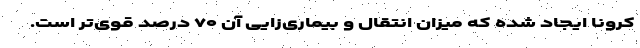
کرونا ایجاد شده که میزان انتقال و بیماری‌زایی آن ۷۰ درصد قوی‌تر است.